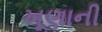
ખૂણાની